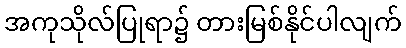
အကုသိုလ်ပြုရာ၌ တားမြစ်နိုင်ပါလျက်